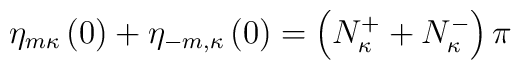
\eta_{m\kappa}\left(0\right)+\eta_{-m,\kappa}\left(0\right)=\left(N_\kappa^++N_\kappa^-\right)\pi